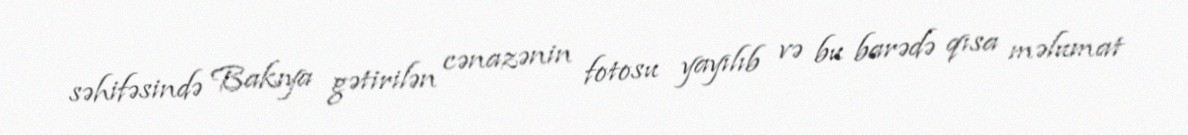
səhifəsində Bakıya gətirilən cənazənin fotosu yayılıb və bu barədə qısa məlumat